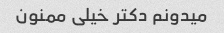
میدونم دکتر خیلی ممنون